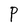
Character: P